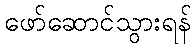
ဖော်ဆောင်သွားရန်